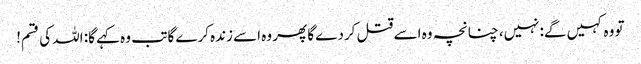
تو وہ کہیں گے:نہیں، چنانچہ وہ اسے قتل کردے گا پھر وہ اسے زندہ کرے گا تب وہ کہے گا: اللہ کی قسم!